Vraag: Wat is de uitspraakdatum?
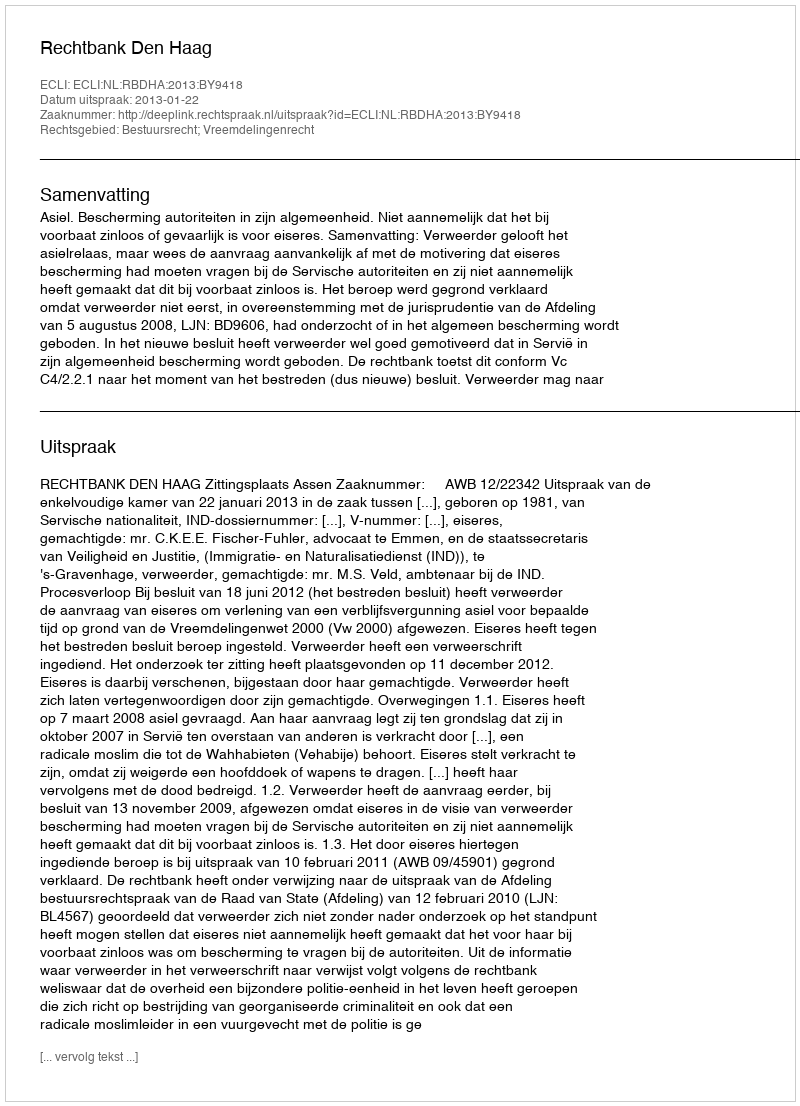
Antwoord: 2013-01-22